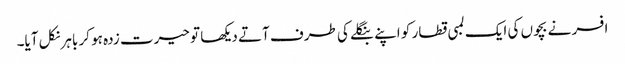
افسر نے بچوں کی ایک لمبی قطار کو اپنے بنگلے کی طرف آتے دیکھا تو حیرت زدہ ہو کر باہر نکل آیا۔